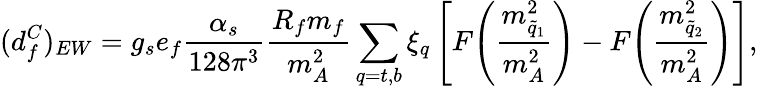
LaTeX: (d_{f}^{C})_{EW}=g_{s}e_{f}{\frac{\alpha_{s}}{128\pi^{3}}}{\frac{R_{f}m_{f}}{m_{A}^{2}}}\sum_{q=t,b}\xi_{q}\left[F\! \left({\frac{m_{\tilde{q}_{1}}^{2}}{m_{A}^{2}}}\right)-F\! \left({\frac{m_{\tilde{q}_{2}}^{2}}{m_{A}^{2}}}\right)\right],